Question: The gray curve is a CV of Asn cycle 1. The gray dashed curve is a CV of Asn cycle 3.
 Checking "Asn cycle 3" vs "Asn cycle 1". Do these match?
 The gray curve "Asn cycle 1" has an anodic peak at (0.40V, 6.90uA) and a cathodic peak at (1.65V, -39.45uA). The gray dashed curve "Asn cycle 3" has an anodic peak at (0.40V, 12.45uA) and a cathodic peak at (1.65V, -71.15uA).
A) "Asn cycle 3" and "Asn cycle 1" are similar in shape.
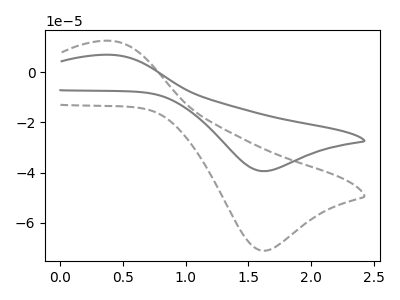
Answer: <think>All the peaks in "Asn cycle 3" have a peak in "Asn cycle 1" at the same potential. Every peak in "Asn cycle 3" is higher than every peak in "Asn cycle 1".
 </think>
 <answer>A) "Asn cycle 3" and "Asn cycle 1" are similar in shape.</answer>
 <eval>A</eval>